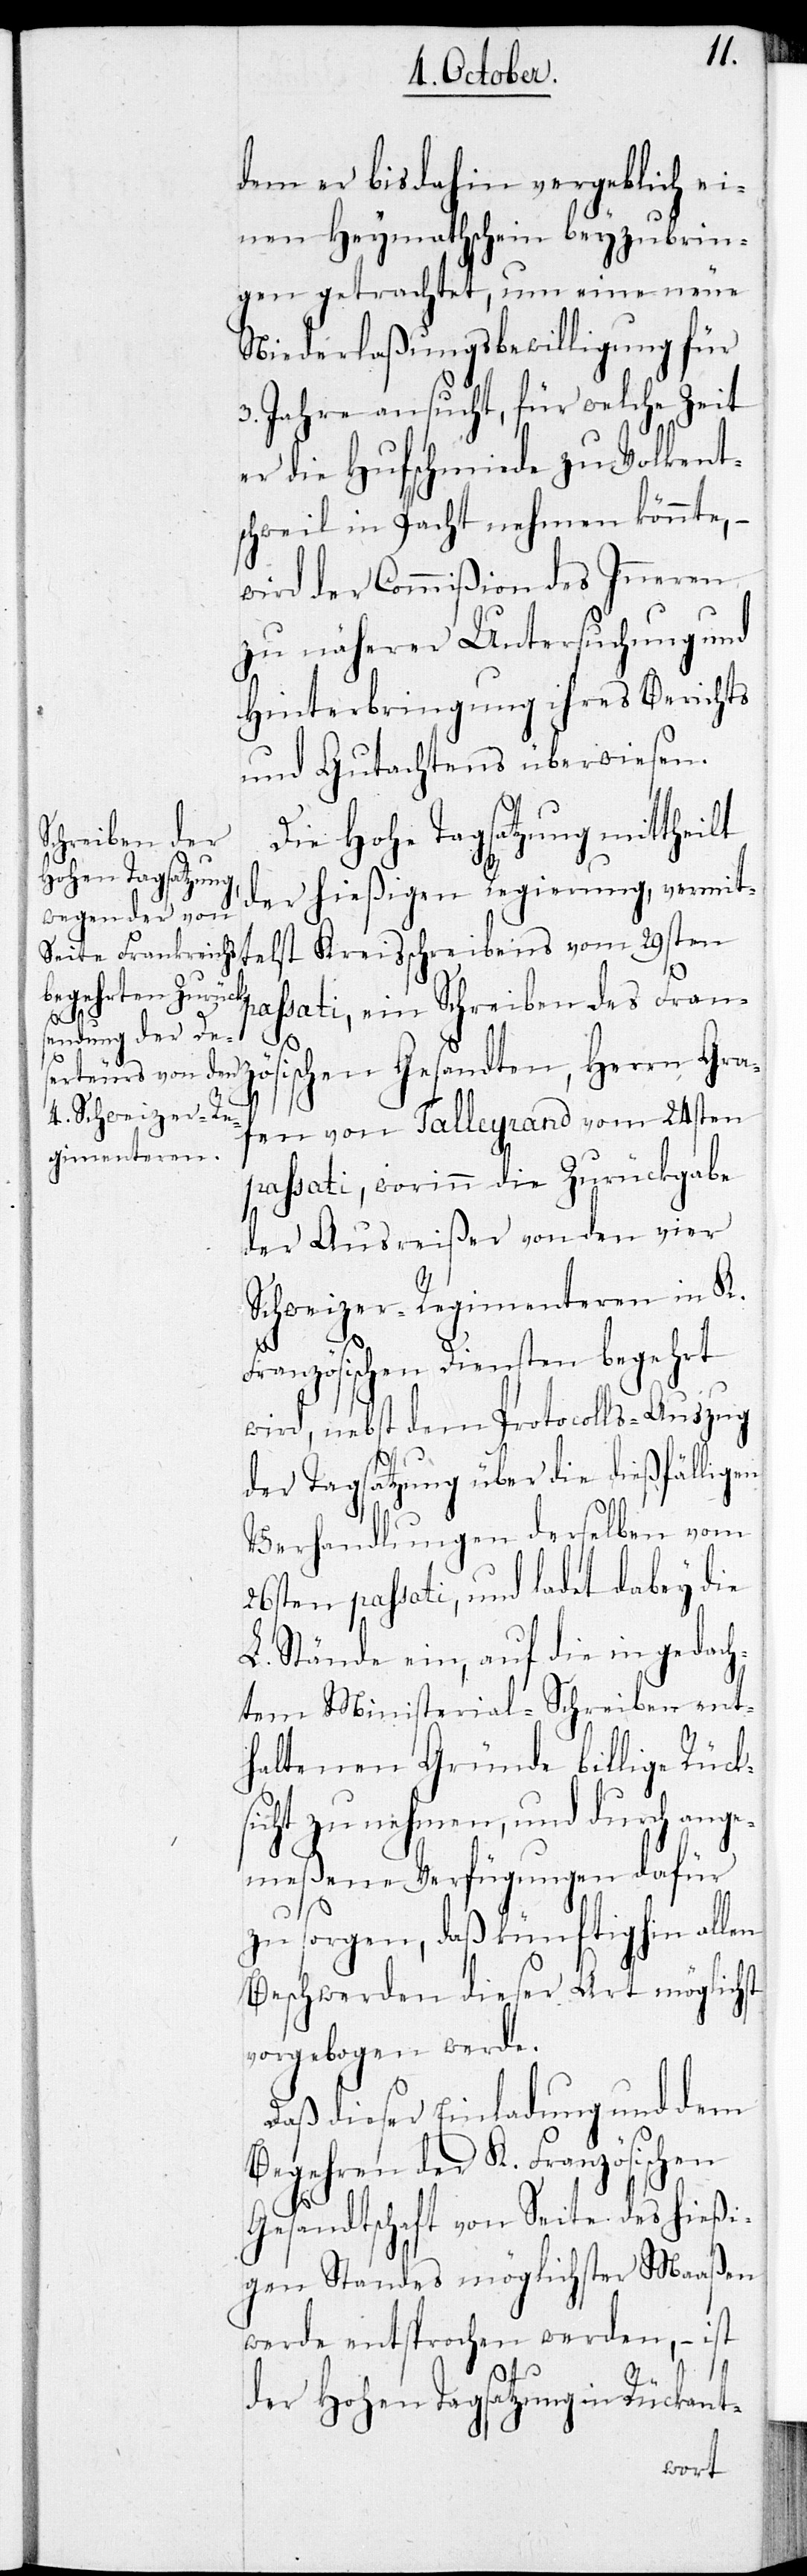
dem er bis dahin vergeblich ei¬
nen Heymathschein beyzubrin¬
gen getrachtet, um eine neue
Niederlaßungsbewilligung für
3. Jahre ansucht, für welche Zeit
er die Hufschmiede zu Volkent¬
schweil in Pacht nehmen könnte, –
wird der Commißion des Inneren
zu näherer Untersuchung und
Hinterbringung ihres Berichts
und Gutachtens überwiesen.
Die Hohe Tagsatzung mittheilt
der hießigen Regierung, vermitt¬
elst Kreisschreibens vom 29sten
assati, ein Schreiben des Fran¬
zös¬
ischen Gesandten, Herrn Graf¬
en von Talleyrand vom 24sten
passati, worinn die Zurückgabe
der Ausreißer von den vier
Schweizer-Regimenteren in K.
Französischen Diensten begehrt
wird, nebst dem Protocolls-Auszug
der Tagsatzung über die dießfälligen
Verhandlungen derselben vom
26sten passati, und ladet dabey die
L. Stände ein, auf die in gedach¬
tem Ministerial-Schreiben ent¬
haltenen Gründe billige Rücks¬
icht zu nehmen, und durch ange¬
meßene Verfügungen dafür
zu sorgen, daß künftighin allen
Beschwerden dieser Art möglichst
vorgebogen werde.
Daß dieser Einladung und dem
Begehren der K. Französischen
Gesandtschaft von Seite des hießi¬
gen Standes möglichster Maaßen
werde entsprochen werden, – ist
der Hohen Tagsatzung in